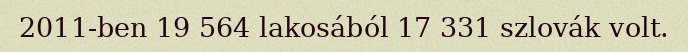
2011-ben 19 564 lakosából 17 331 szlovák volt.